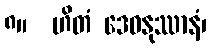
၈။  ဟိတံ ဒေဝနုဿာနံ၊